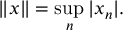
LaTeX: \| x \| = \operatorname* { s u p } _ { n } | x _ { n } | .